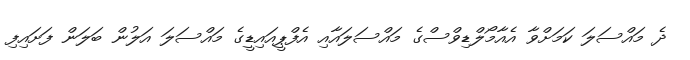
ދެ މައްސަލަ ކަަމަށްވާ އެއާމޯލްޑިވްސްގެ މައްސަލައާއި އެފްޕީއައިޑީގެ މައްސަލަ އަލުން ބަލަން ފަށައިފި